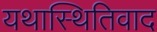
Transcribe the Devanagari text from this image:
यथास्थितिवाद